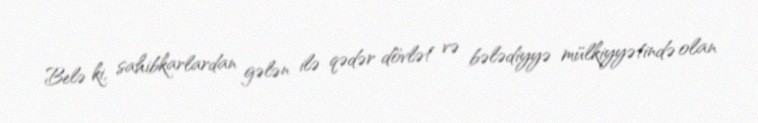
Belə ki, sahibkarlardan gələn ilə qədər dövlət və bələdiyyə mülkiyyətində olan